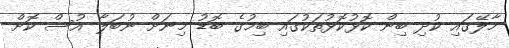
މާލޭގައި ކުދި ބިން ކޮޅުކޮޅުތަކުގައި ބިމުގެ ބޮޑު މިނަށް ނުބަލާ އުސް ކޮށް